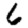
Digit: 6